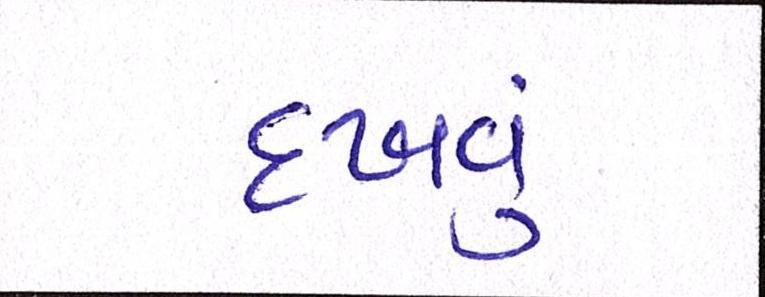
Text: દઃખવું